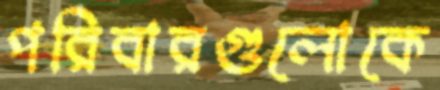
পরিবারগুলোকে